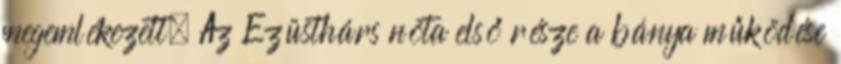
megemlékezett. Az Ezüsthárs nóta első része a bánya működése